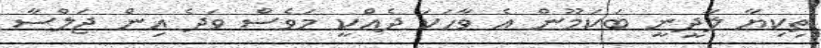
ތިކިޔާ ލާދީނީ ބަކަމޫން އެ ވާހަކަ ދެއްކީ މަވެސް ވަދެ އިން ޖަލްސާ